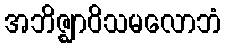
အဘိဇ္ဈာဝိသမလောဘံ